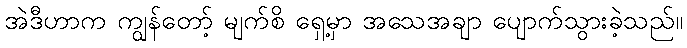
အဲဒီဟာက ကျွန်တော့် မျက်စိ ရှေ့မှာ အသေအချာ ပျောက်သွားခဲ့သည်။